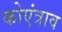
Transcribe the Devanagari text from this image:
कोएंत्राव